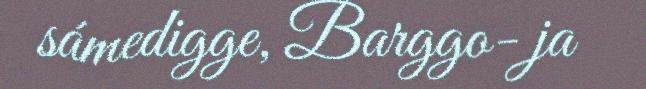
sámedigge, Barggo- ja